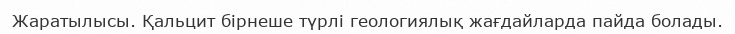
Жаратылысы. Қальцит бірнеше түрлі геологиялық жағдайларда пайда болады.